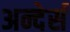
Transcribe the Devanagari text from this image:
अन्देर्स